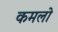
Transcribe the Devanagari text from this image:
कमलो